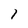
Character: 1